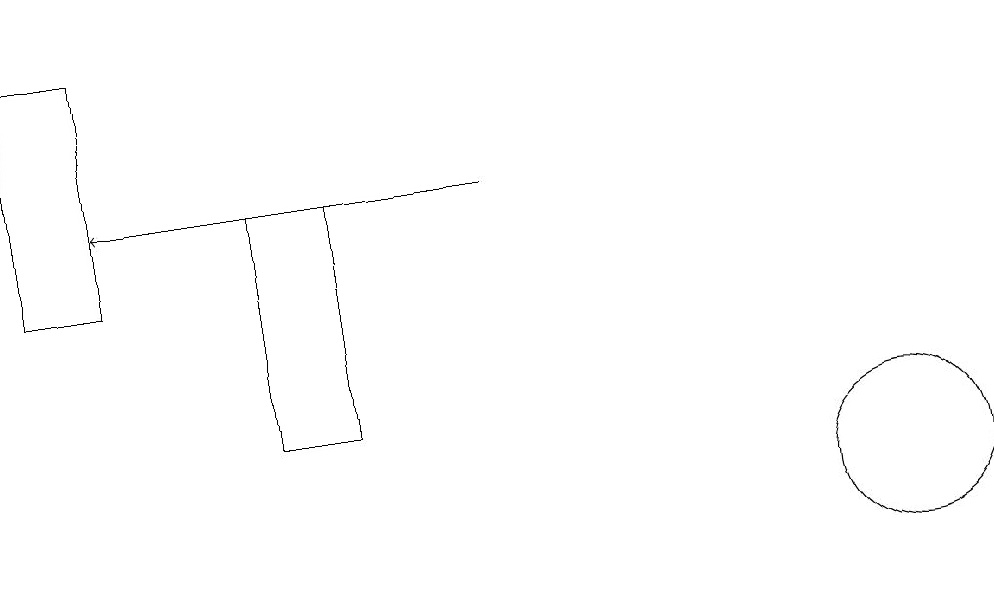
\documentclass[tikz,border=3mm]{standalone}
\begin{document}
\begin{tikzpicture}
\draw[->] (7,14) -- (2,14);
\draw (2,13) rectangle (1,16);
\draw (12,10) circle (1);
\draw (4,11) rectangle (5,14);
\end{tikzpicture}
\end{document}